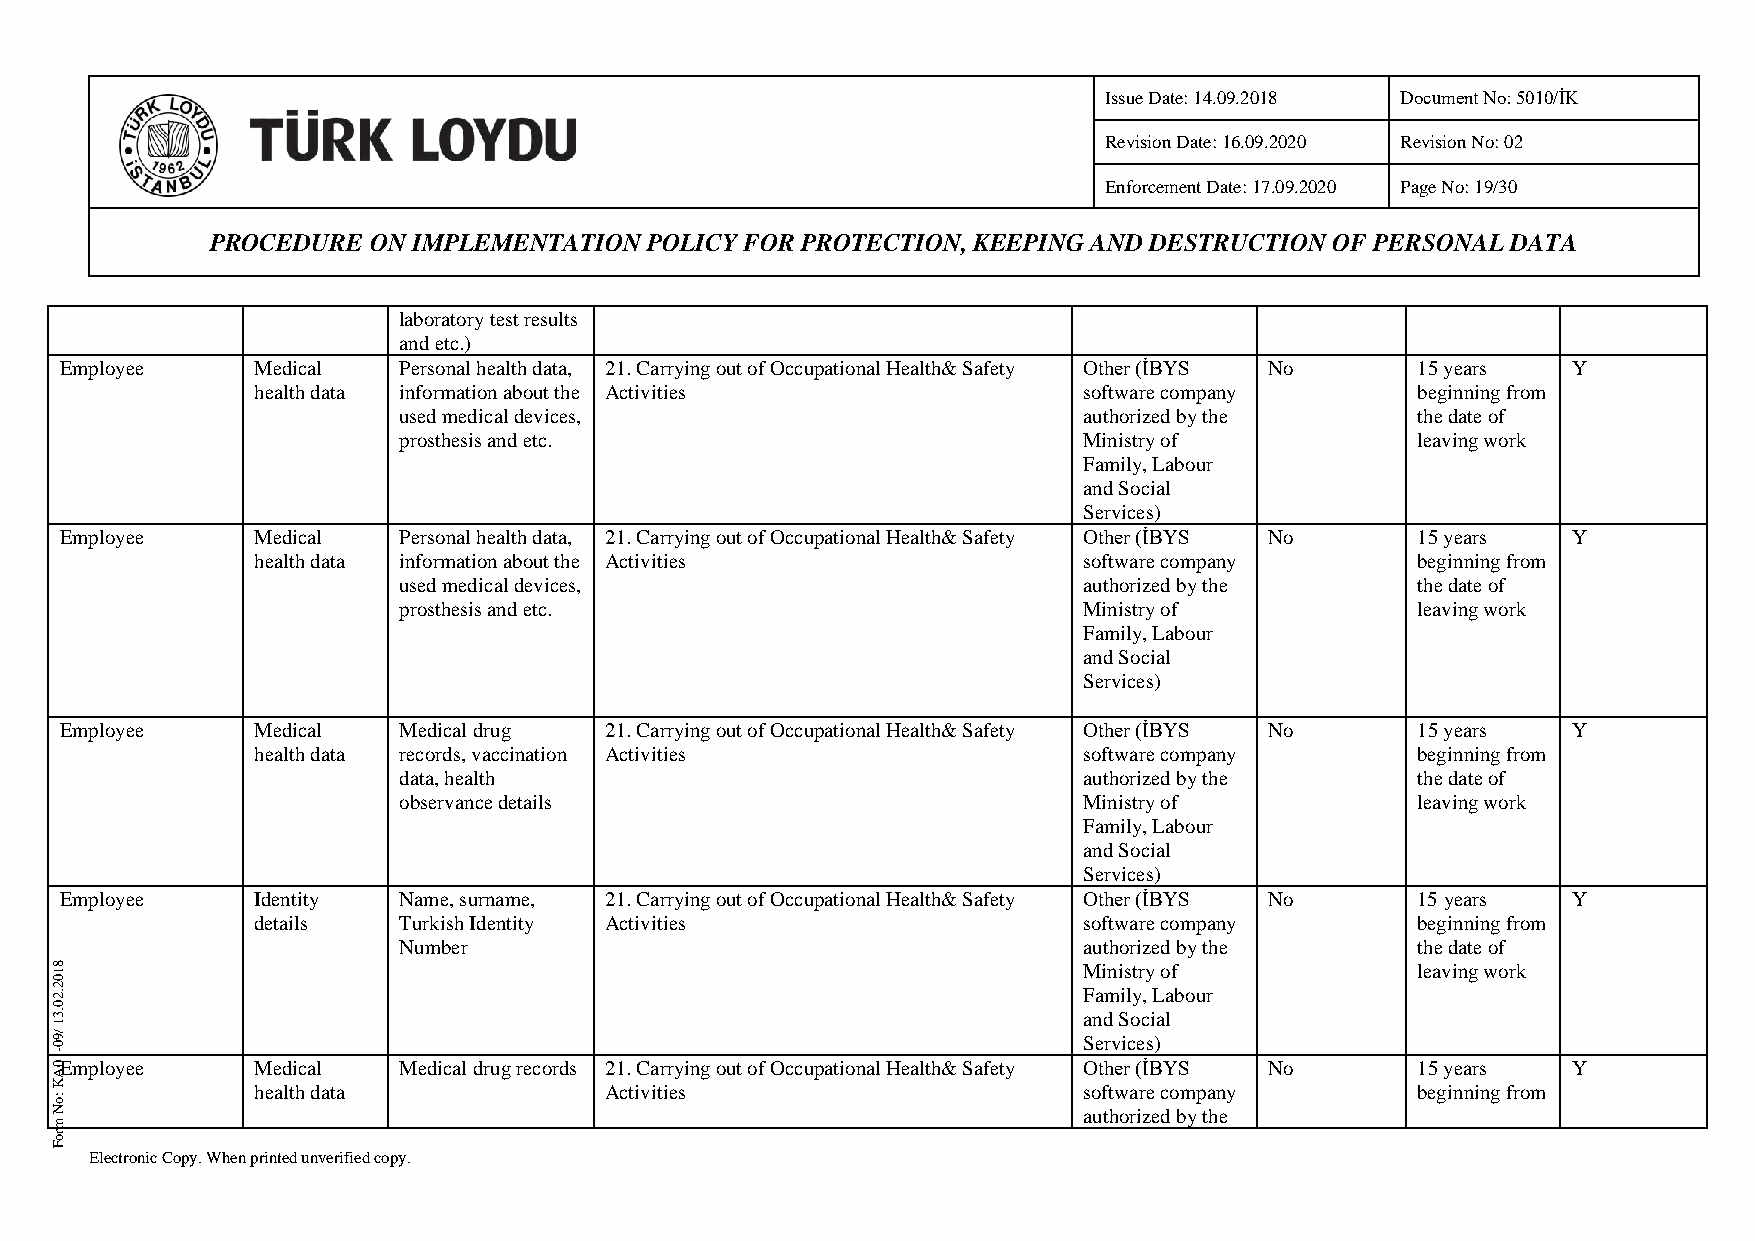
Issue Date: 14.09.2018 Document No: 5010/İK
 Revision Date: 16.09.2020 Revision No: 02
 Enforcement Date: 17.09.2020 Page No: 19/30
 PROCEDURE ON IMPLEMENTATION  POLICY FOR PROTECTION, KEEPING AND DESTRUCTION OF PERSONAL DATA
 laboratory test results
 and etc.)
 Employee     Medical  Personal health data, 21. Carrying out of Occupational Health& Safety Other (İBYS No 15 years Y
 health data information about the Activities           software company      beginning from
 used medical devices,                         authorized by the     the date of
 prosthesis and etc.                           Ministry of           leaving work
 Family, Labour
 and Social
 Services)
 Employee     Medical  Personal health data, 21. Carrying out of Occupational Health& Safety Other (İBYS No 15 years Y
 health data information about the Activities           software company      beginning from
 used medical devices,                         authorized by the     the date of
 prosthesis and etc.                           Ministry of           leaving work
 Family, Labour
 and Social
 Services)
 Employee     Medical  Medical drug  21. Carrying out of Occupational Health& Safety Other (İBYS No 15 years Y
 health data records, vaccination Activities            software company      beginning from
 data, health                                  authorized by the     the date of
 observance details                            Ministry of           leaving work
 Family, Labour
 and Social
 Services)
 Employee     Identity Name, surname, 21. Carrying out of Occupational Health& Safety Other (İBYS No 15 years Y
 details  Turkish Identity Activities                   software company      beginning from
 Number                                        authorized by the     the date of
 8 1                                                                  Ministry of           leaving work
 0
 2 .2                                                                 Family, Labour
 0
 .3                                                                   and Social
 1
 /9                                                                   Services)
 0
 1 0- Employee Medical  Medical drug records 21. Carrying out of Occupational Health& Safety Other (İBYS No 15 years Y
 A
 K
 :o
 health data            Activities                      software company      beginning from
 N                                                                    authorized by the
 m
 ro
 F
 Electronic Copy. When printed unverified copy.